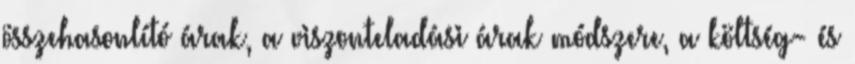
összehasonlító árak, a viszonteladási árak módszere, a költség- és